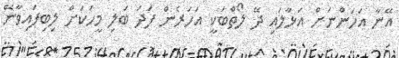
އޭނާ އަހަންނަށް އަޅާލައި ދޭ ލޯތްބަކީ އަހަރެން ފަދަ ބަލި މީހަކަށް ލިބިފައިވާނޭ